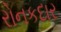
રોનકદાર